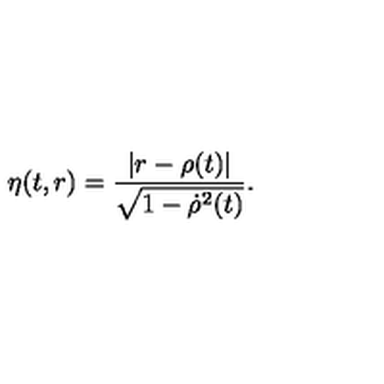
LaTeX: \eta ( t , r ) = \frac { | r - \rho ( t ) | } { \sqrt { 1 - { \dot { \rho } } ^ { 2 } ( t ) } } .